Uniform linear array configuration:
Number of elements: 32
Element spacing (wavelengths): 0.75
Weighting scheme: hann
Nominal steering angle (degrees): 45
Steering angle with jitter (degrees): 45.345
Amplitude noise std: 0.05
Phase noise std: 0.05

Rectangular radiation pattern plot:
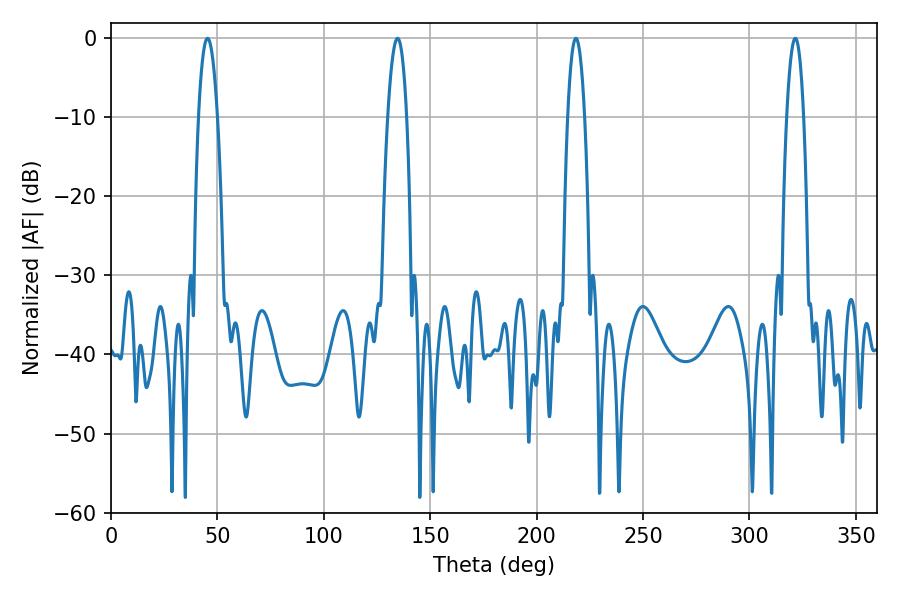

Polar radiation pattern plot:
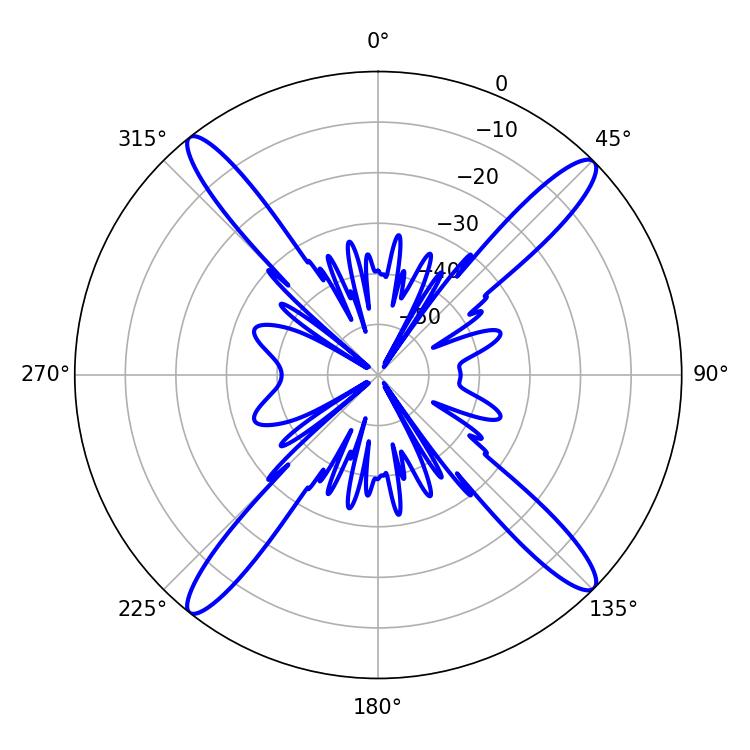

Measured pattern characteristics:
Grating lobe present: TRUE
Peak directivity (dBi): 18.432
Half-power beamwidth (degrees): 4.86
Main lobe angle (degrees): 45.36